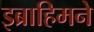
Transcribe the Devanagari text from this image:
इब्राहिमने